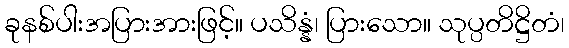
ခုနစ်ပါးအပြားအားဖြင့်။ ပသိန္နံ၊ ပြားသော။ သုပ္ပတိဋ္ဌိတံ၊